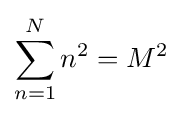
\sum _{n=1}^{N}n^{2}=M^{2}\;